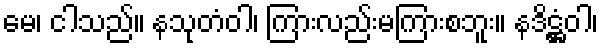
မေ၊ ငါသည်။ နသုတံဝါ၊ ကြားလည်းမကြားစဘူး။ နဒိဋ္ဌံဝါ၊